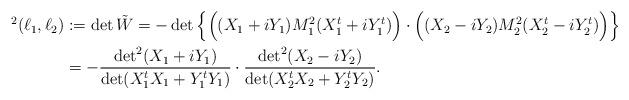
LaTeX: \begin{align*}\begin{aligned}^2 (\ell_1, \ell_2) &:= \det \tilde{W}= - \det \Big{\{} \Big( (X_1 + i Y_1) M_1^2 (X_1^t + i Y_1^t) \Big)\cdot \Big((X_2 - iY_2) M_2^2 (X_2^t - i Y_2^t)\Big) \Big{\}} \\&= - \frac{\det^2 (X_1 + i Y_1)}{\det (X_1^t X_1 + Y_1^t Y_1)}\cdot\frac{\det^2 (X_2 - i Y_2)}{\det (X_2^t X_2 + Y_2^t Y_2)}.\end{aligned}\end{align*}